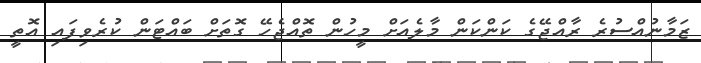
ޒަމާނުއްސުރެ ރާއްޖޭގެ ކަންކަން މާލެއަށް މީހުން ތޮއްޖެހޭ ގޮތަށް ބައްޓަން ކުރެވިފައި އޮތީ